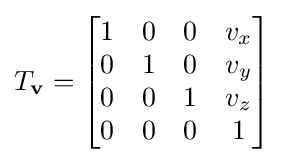
T_{\mathbf {v} }={\begin{bmatrix}1&0&0&v_{x}\\0&1&0&v_{y}\\0&0&1&v_{z}\\0&0&0&1\end{bmatrix}}